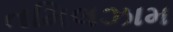
તમિલઝામ